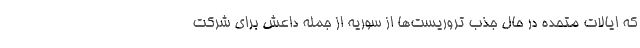
که ایالات متحده در حال جذب تروریست‌ها از سوریه از جمله داعش برای شرکت